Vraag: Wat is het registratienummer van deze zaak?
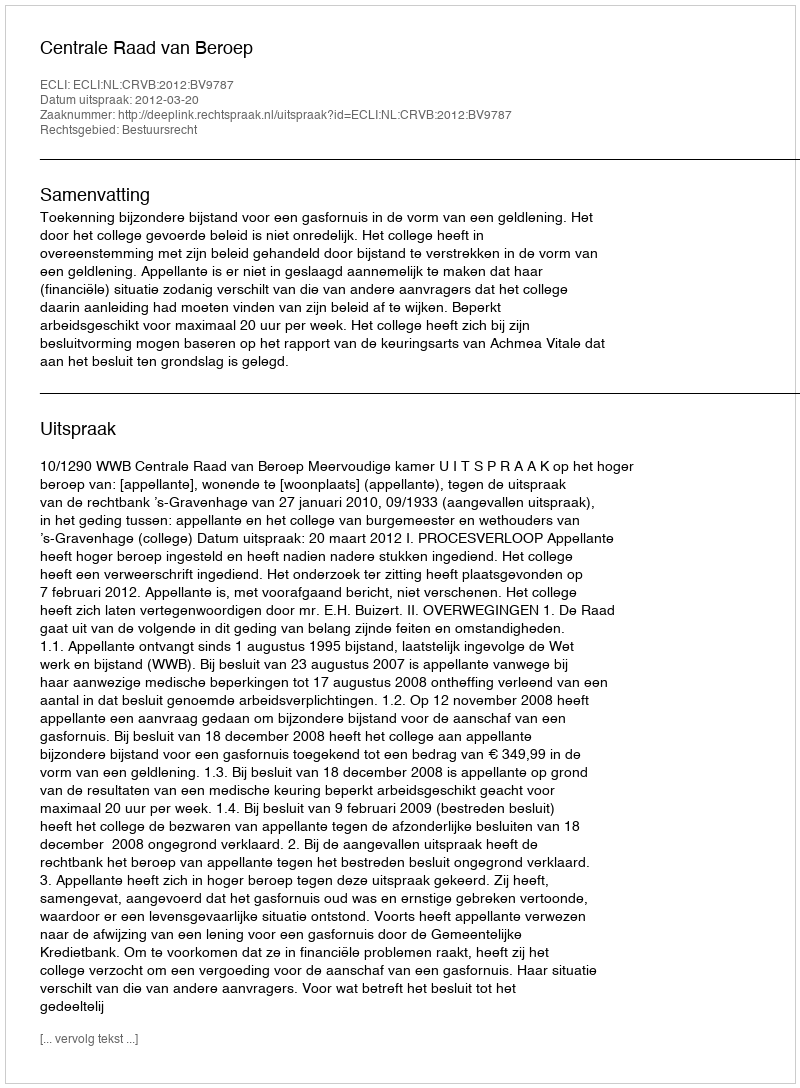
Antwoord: http://deeplink.rechtspraak.nl/uitspraak?id=ECLI:NL:CRVB:2012:BV9787